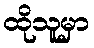
ထိုသူမှာ